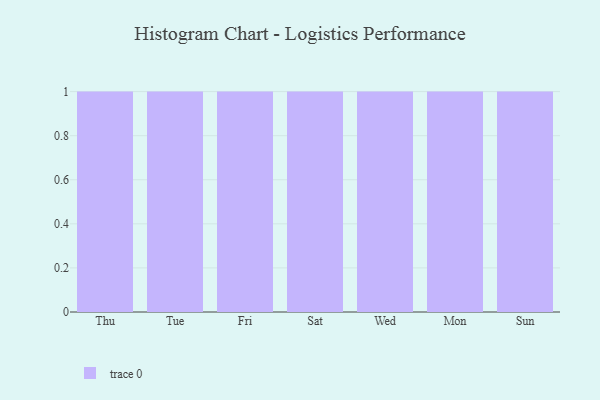
{"axis": {"x": "Day", "y": "Latency (ms)"}, "legend": [""], "data": [{"x": "Thu", "y": 71, "type": ""}, {"x": "Tue", "y": 27, "type": ""}, {"x": "Fri", "y": 30, "type": ""}, {"x": "Sat", "y": 28, "type": ""}, {"x": "Wed", "y": 21, "type": ""}, {"x": "Mon", "y": 70, "type": ""}, {"x": "Sun", "y": 71, "type": ""}]}